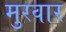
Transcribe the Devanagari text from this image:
मुरवार